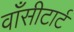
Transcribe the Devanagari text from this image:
वाँसीटार्ट